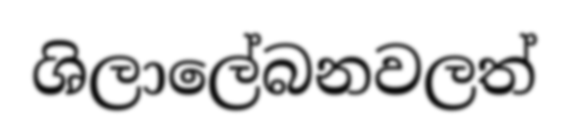
ශිලාලේබනවලත්